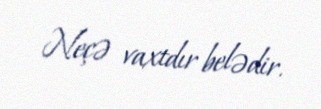
Neçə vaxtdır belədir.